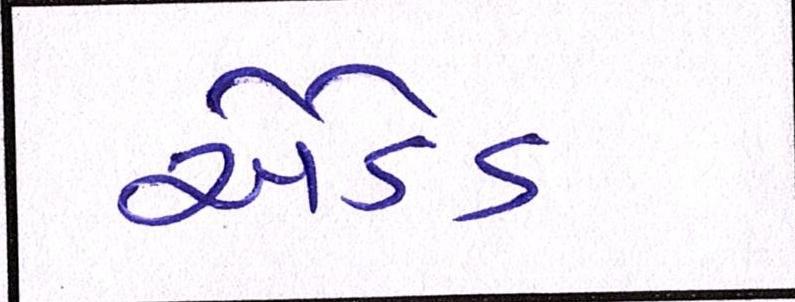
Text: એડેડ